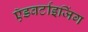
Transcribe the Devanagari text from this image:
ऍडवर्टाइजिंग